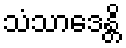
သံသာဒေန္တိ